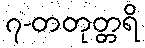
၇-တတုတ္တရိ